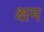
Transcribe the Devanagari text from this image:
क्षम